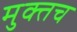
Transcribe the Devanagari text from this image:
मुक्तच